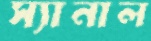
স্যানাল